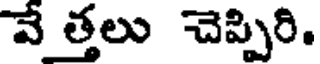
వే త్తలు చెప్పిరి.